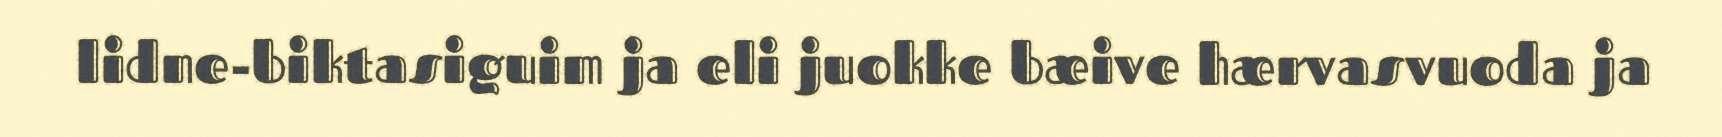
lidne-biktasiguim ja eli juokke bæive hærvasvuoda ja